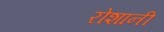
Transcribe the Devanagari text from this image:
रोशानी